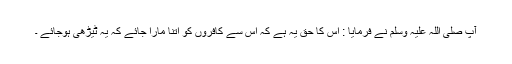
آپ صلی اللہ علیہ وسلم نے فرمایا : اس کا حق یہ ہے کہ اس سے کافروں کو اتنا مارا جائے کہ یہ ٹیڑھی ہوجائے ۔